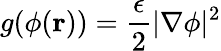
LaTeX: g(\phi(\textbf{r}))=\frac{\epsilon}{2}|\nabla\phi|^{2}